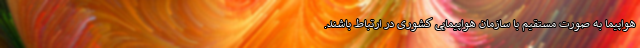
هواپیما به صورت مستقیم با سازمان هواپیمایی کشوری در ارتباط باشند.